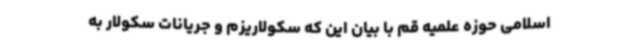
اسلامی حوزه علمیه قم با بیان این که سکولاریزم و جریانات سکولار به